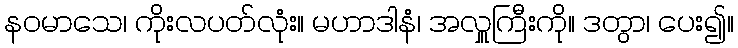
နဝမာသေ၊ ကိုးလပတ်လုံး။ မဟာဒါနံ၊ အလှူကြီးကို။ ဒတွာ၊ ပေး၍။